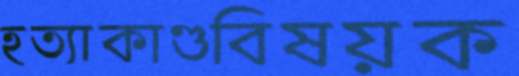
হত্যাকাণ্ডবিষয়ক